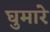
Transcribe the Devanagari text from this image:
घुमारे